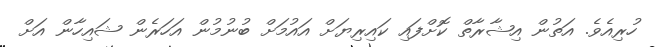
ހުރިއެވެ. އަތުން އިޝާރާތް ކޮށްފައި ކައިރިޔަށް އައުމަށް ބުނުމުން އަހަރެން ޝައިހާން އަށް